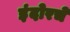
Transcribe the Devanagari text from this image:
इंदोरचे